Annual report of the Civil Veterinary Department, Bengal, and of the Bengal Veterinary College for the year 1903-1904 - 1903-1904
Year: 1903
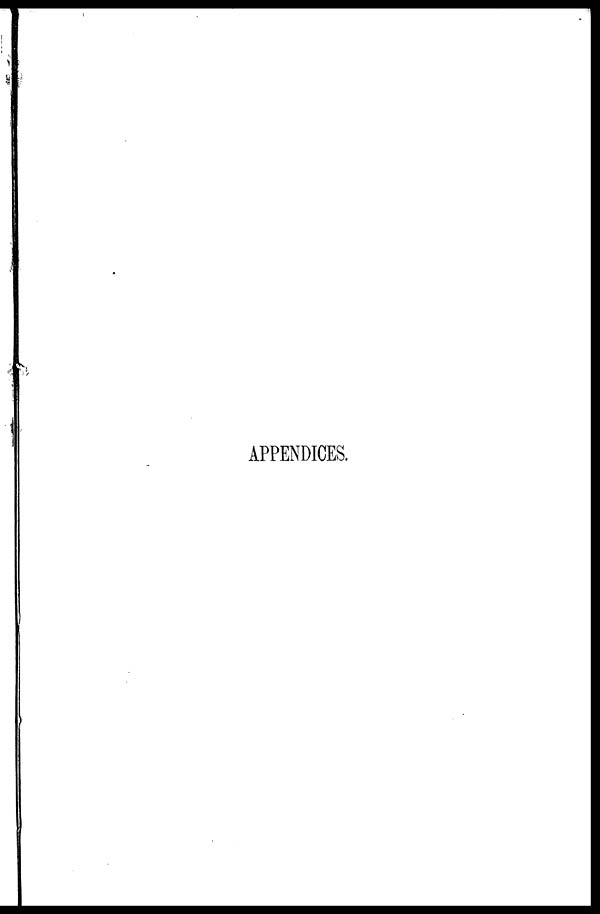
APPENDICES.